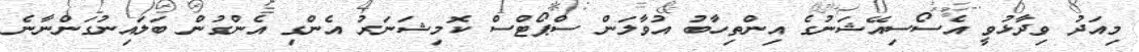
މިއަދު ވިދާޅުވީ އެސޯސިއޭޝަނުގެ އިންތިހާބު އުވާލަން ސްޕޯޓްސް ކޮމިޝަނަރު އެންގި އެންގުން ބަލައިނުގަންނާނެ